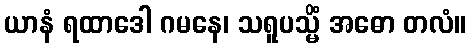
ယာနံ ရထာဒေါ ဂမနေ၊ သရူပသ္မိံ အဓော တလံ။